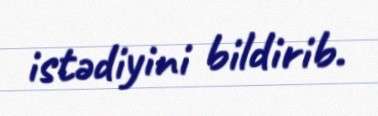
istədiyini bildirib.